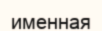
именная